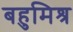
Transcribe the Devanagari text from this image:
बहुमिश्र